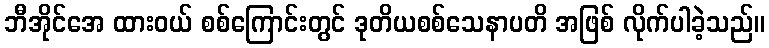
ဘီအိုင်အေ ထားဝယ် စစ်ကြောင်းတွင် ဒုတိယစစ်သေနာပတိ အဖြစ် လိုက်ပါခဲ့သည်။